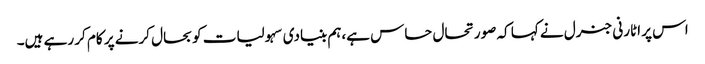
اس پر اٹارنی جنرل نے کہا کہ صورتحال حساس ہے،ہم بنیادی سہولیات کو بحال کرنے پر کام کر رہے ہیں۔